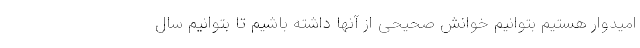
امیدوار هستیم بتوانیم خوانش صحیحی از آنها داشته باشیم تا بتوانیم سال